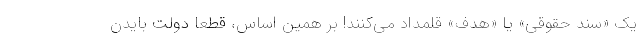
یک «سند حقوقی» یا «هدف» قلمداد می‌کنند! بر همین اساس، قطعا دولت بایدن